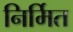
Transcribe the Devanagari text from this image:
निर्मित